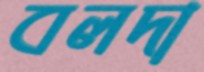
বলদা